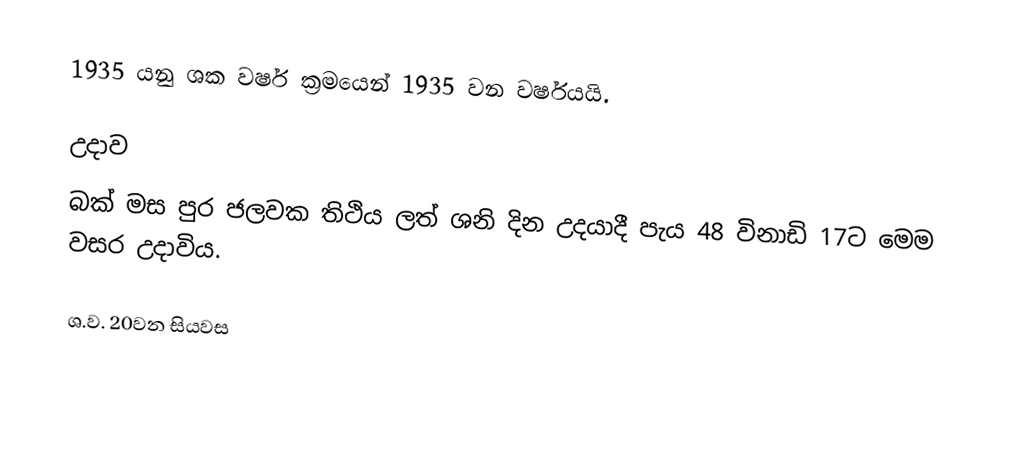
1935 යනු ශක වර්ෂ ක්‍රමයෙන් 1935 වන වර්ෂයයි.

උදාව
බක් මස පුර ජලවක තිථිය ලත් ශනි දින උදයාදී පැය 48 විනාඩි 17ට මෙම වසර උදාවිය.

ශ.ව. 20වන සියවස